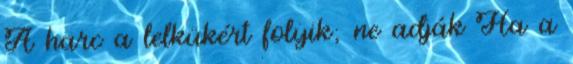
A harc a lelkükért folyik; ne adják Ha a